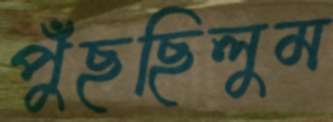
পুঁছছিলুম